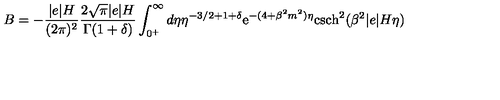
B = - \frac { \vert e \vert H } { ( 2 \pi ) ^ { 2 } } \frac { 2 \sqrt { \pi } \vert e \vert H } { \Gamma ( 1 + \delta ) } \int _ { 0 ^ { + } } ^ { \infty } d \eta \eta ^ { - 3 / 2 + 1 + \delta } \mathrm { e } ^ { - ( 4 + \beta ^ { 2 } m ^ { 2 } ) \eta } \mathrm { c s c h } ^ { 2 } ( \beta ^ { 2 } \vert e \vert H \eta )